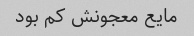
مایع معجونش کم بود